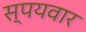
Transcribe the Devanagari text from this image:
स्पयवार